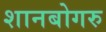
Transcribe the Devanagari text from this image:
शानबोगरु